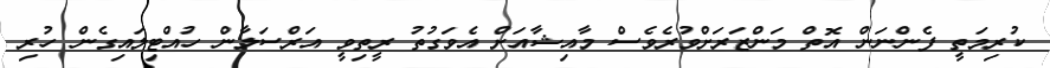
ކުރިމަތީ ފެންނަން އޮތް މަންޒަރަށްވުރެވެސް މާއިޝާއަށް އެވަގުތު ރީތިވީ އަރްސަލާން ހުއްޓިލައިގެން ހުރި